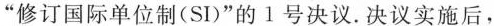
“修订国际单位制(SI)”的 1 号决议. 决议实施后，